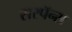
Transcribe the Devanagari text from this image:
सरपॅन्स